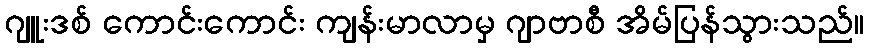
ဂျူးဒစ် ကောင်းကောင်း ကျန်းမာလာမှ ဂျာဗာစီ အိမ်ပြန်သွားသည်။